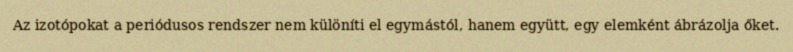
Az izotópokat a periódusos rendszer nem különíti el egymástól, hanem együtt, egy elemként ábrázolja őket.